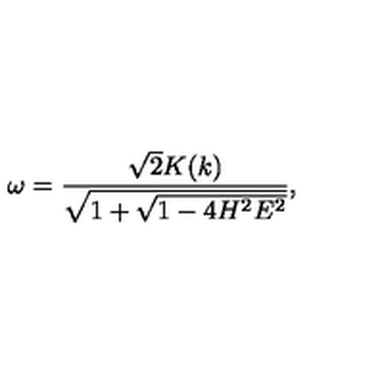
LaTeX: \omega = \frac { \sqrt { 2 } K ( k ) } { \sqrt { 1 + \sqrt { 1 - 4 H ^ { 2 } E ^ { 2 } } } } ,